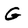
Character: G